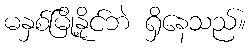
မနှစ်မြို့နိုင်ဘဲ ရှိနေသည်။